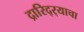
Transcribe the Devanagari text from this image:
द्रारिद्‌र्‍याचा